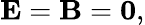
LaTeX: \mathbf{E}=\mathbf{B}=\mathbf{0},